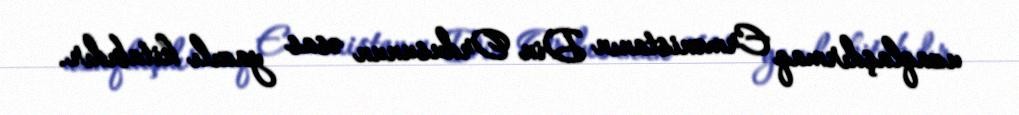
uzaqlaşdırmaq Ermənistanın Din Ordusunun əsas yazılı kitabıdır.